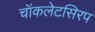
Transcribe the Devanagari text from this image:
चॉकलेटसिरप